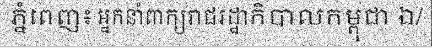
ភ្នំពេញ៖ អ្នកនាំពាក្យរាជរដ្ឋាភិបាលកម្ពុជា ឯ/